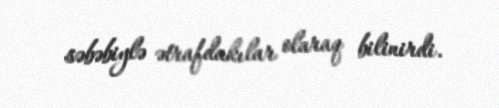
səbəbiylə ətrafdakılar olaraq bilinirdi.